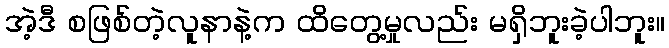
အဲ့ဒီ စဖြစ်တဲ့လူနာနဲ့က ထိတွေ့မှုလည်း မရှိဘူးခဲ့ပါဘူး။